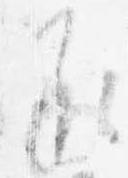
承